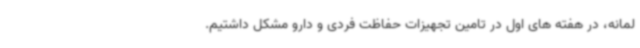
لمانه، در هفته های اول در تامین تجهیزات حفاظت فردی و دارو مشکل داشتیم.